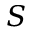
S